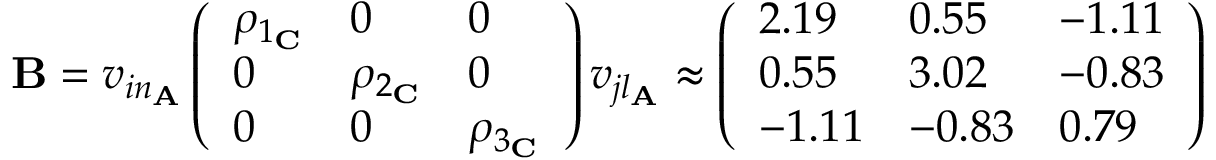
\begin{array} { r } { \mathbf { B } = v _ { i n _ { \mathbf { A } } } \left( \begin{array} { l l l } { \rho _ { 1 _ { \mathbf { C } } } } & { 0 } & { 0 } \\ { 0 } & { \rho _ { 2 _ { \mathbf { C } } } } & { 0 } \\ { 0 } & { 0 } & { \rho _ { 3 _ { \mathbf { C } } } } \end{array} \right) v _ { j l _ { \mathbf { A } } } \approx \left( \begin{array} { l l l } { 2 . 1 9 } & { 0 . 5 5 } & { - 1 . 1 1 } \\ { 0 . 5 5 } & { 3 . 0 2 } & { - 0 . 8 3 } \\ { - 1 . 1 1 } & { - 0 . 8 3 } & { 0 . 7 9 } \end{array} \right) } \end{array}